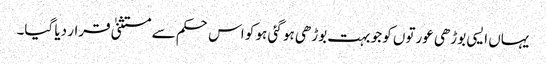
یہاں ایسی بوڑھی عورتوں کو جو بہت بوڑھی ہو گئی ہو کو اس حکم سے مستثنیٰ قرار دیا گیا۔